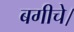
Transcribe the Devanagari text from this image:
बगीचे।